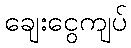
ချေးငွေကျပ်